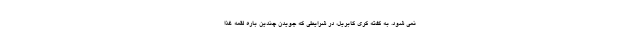
نمی شود. به گفته کری گابریل، در شرایطی که جویدن چندین باره لقمه غذا